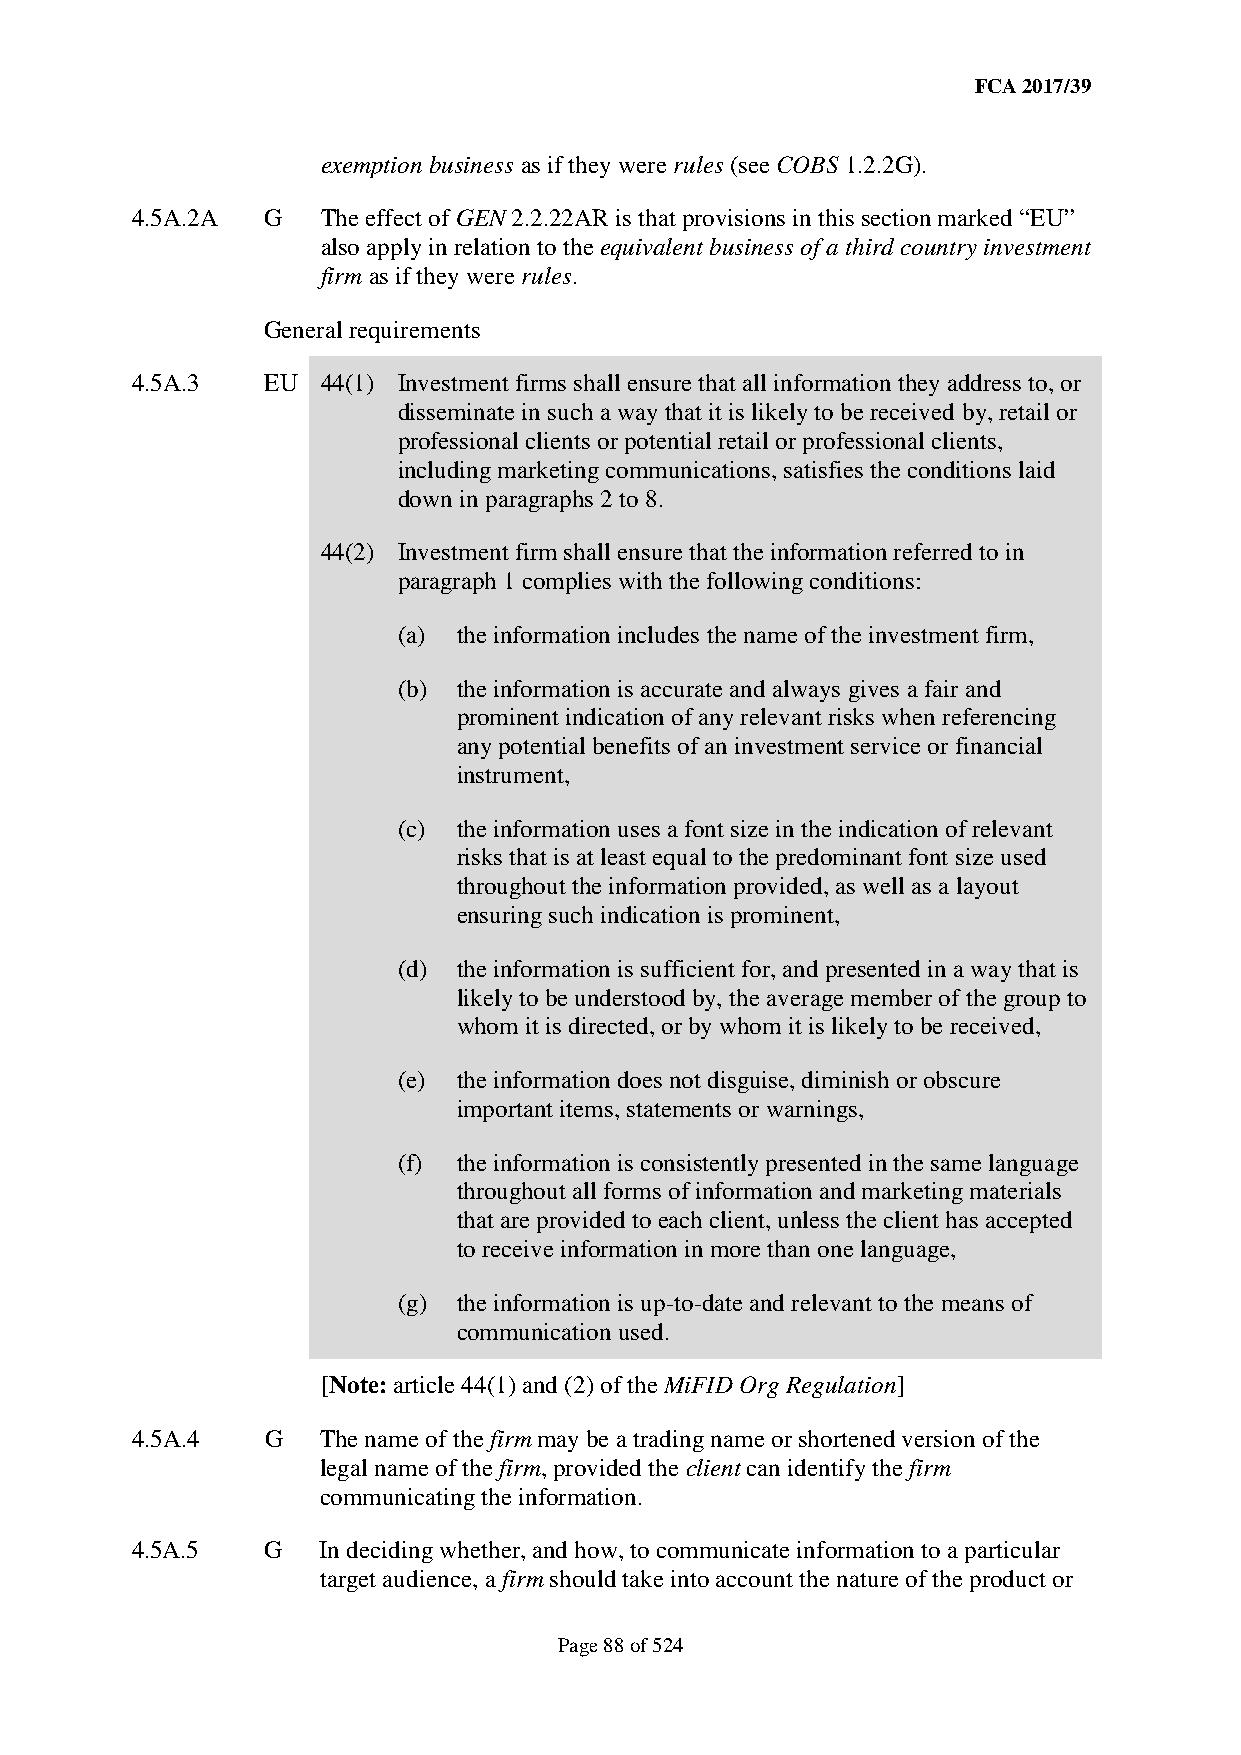
FCA 2017/39
 exemption business as if they were rules (see COBS 1.2.2G).
 4.5A.2A G   The effect of GEN 2.2.22AR is that provisions in this section marked “EU”
 also apply in relation to the equivalent business of a third country investment
 firm as if they were rules.
 General requirements
 4.5A.3  EU  44(1) Investment firms shall ensure that all information they address to, or
 disseminate in such a way that it is likely to be received by, retail or
 professional clients or potential retail or professional clients,
 including marketing communications, satisfies the conditions laid
 down in paragraphs 2 to 8.
 44(2) Investment firm shall ensure that the information referred to in
 paragraph 1 complies with the following conditions:
 (a) the information includes the name of the investment firm,
 (b) the information is accurate and always gives a fair and
 prominent indication of any relevant risks when referencing
 any potential benefits of an investment service or financial
 instrument,
 (c) the information uses a font size in the indication of relevant
 risks that is at least equal to the predominant font size used
 throughout the information provided, as well as a layout
 ensuring such indication is prominent,
 (d) the information is sufficient for, and presented in a way that is
 likely to be understood by, the average member of the group to
 whom it is directed, or by whom it is likely to be received,
 (e) the information does not disguise, diminish or obscure
 important items, statements or warnings,
 (f) the information is consistently presented in the same language
 throughout all forms of information and marketing materials
 that are provided to each client, unless the client has accepted
 to receive information in more than one language,
 (g) the information is up-to-date and relevant to the means of
 communication used.
 [Note: article 44(1) and (2) of the MiFID Org Regulation]
 4.5A.4   G  The name of the firm may be a trading name or shortened version of the
 legal name of the firm, provided the client can identify the firm
 communicating the information.
 4.5A.5   G  In deciding whether, and how, to communicate information to a particular
 target audience, a firm should take into account the nature of the product or
 Page 88 of 524